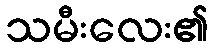
သမီးလေး၏